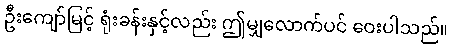
ဦးကျော်မြင့် ရုံးခန်းနှင့်လည်း ဤမျှလောက်ပင် ဝေးပါသည်။